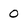
Character: 0